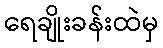
ရေချိုးခန်းထဲမှ